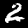
Digit: 2